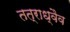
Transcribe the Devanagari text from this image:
तत्राध्वैव